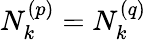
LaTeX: N_{k}^{\left(p\right)}=N_{k}^{\left(q\right)}